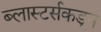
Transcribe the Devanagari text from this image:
ब्लास्टर्सकडून